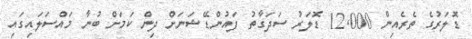
ޑޮލަރުގެ ތެރެއިން 12